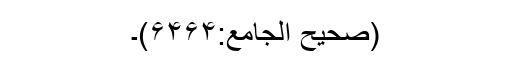
(صحیح الجامع:۶۴۶۴)۔